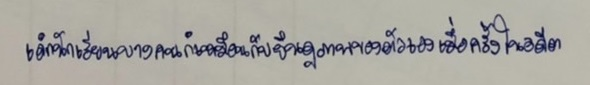
เด็กนักเรียนบางคนก็เหมือนกับยืนดูภาพของตัวเองเมื่อครั้งในอดีต